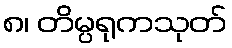
၈၊ တိမ္ပရုကသုတ်